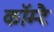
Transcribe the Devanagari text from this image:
कॉम्टै